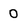
Character: 0